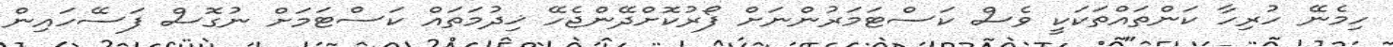
ހިމެނޭ ހުރިހާ ކަންތައްތަކަކީ ވެސް ކަސްޓަމަރުންނަށް ފޯރުކޮށްދޭންޖެހޭ ޚިދުމަތައް ކަސްޓަމަށް ނުގޮސް ފަސޭހައިން